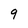
Character: 9